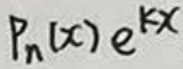
$P_{n}(x)e^{kx}$